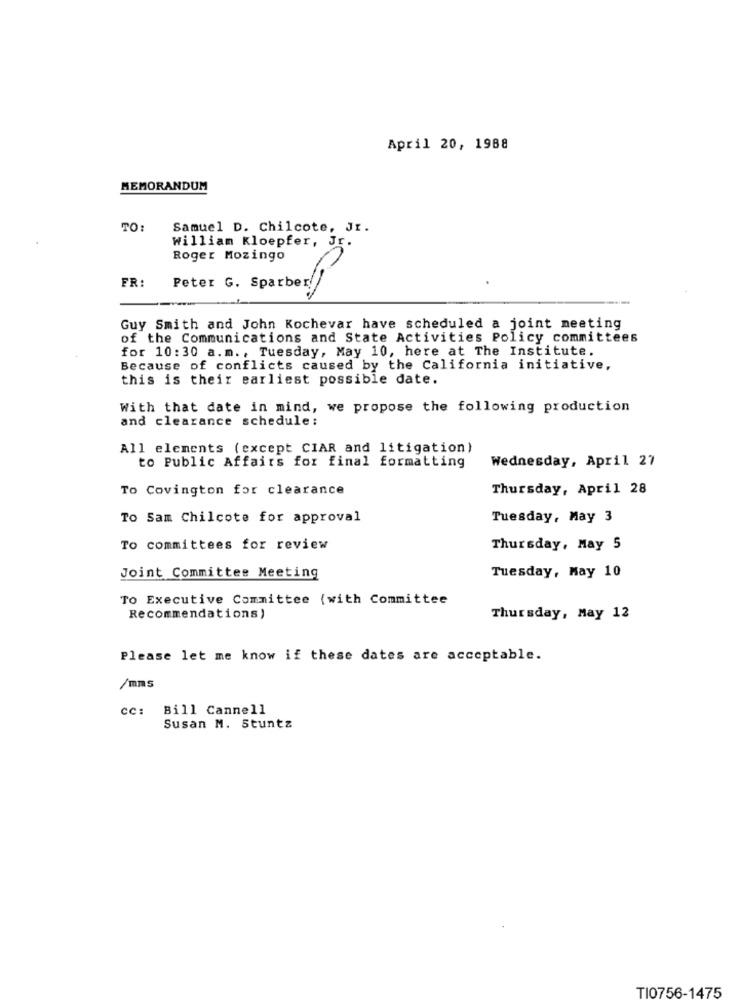
April 20, 1988
MEMORANDUM
TO:
Samuel D. Chilcote, Jr.
william Kloepfer, JE.
Roger Mozingo
FR
Peter G. Sparber !!
Guy Smith and John Kochevar have scheduled a joint meeting
of the Communications and State Activities Policy committees
for 10:30 a.m ., Tuesday, May 10, here at The Institute.
Because of conflicts caused by the California initiative,
this is their earliest possible date.
With that date in mind, we propose the following production
and clearance schedule:
All elements (except CIAR and litigation)
to Public Affairs for final formatting
Wednesday, April 27
To Covington for clearance
Thursday, April 28
To Sam Chilcote for approval
Tuesday, May 3
To committees for review
Thursday, May 5
Joint Committee Meeting
Tuesday, May 10
To Executive Committee (with Committee
Recommendations)
Thursday, May 12
Please let me know if these dates are acceptable.
/mms
CC:
Bill Cannell
Susan M. Stuntz
TI0756-1475